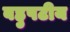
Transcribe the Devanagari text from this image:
बहुपटीय